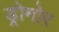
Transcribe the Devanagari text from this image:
ड्रोमोर